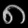
Digit: ၈